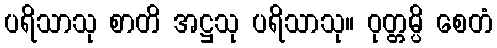
ပရိသာသု စာတိ အဋ္ဌသု ပရိသာသု။ ဝုတ္တမ္ပိ စေတံ